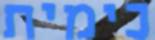
כימית